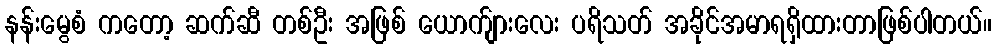
နန်းမွေစံ ကတော့ ဆက်ဆီ တစ်ဦး အဖြစ် ယောက်ျားလေး ပရိသတ် အခိုင်အမာရရှိထားတာဖြစ်ပါတယ်။